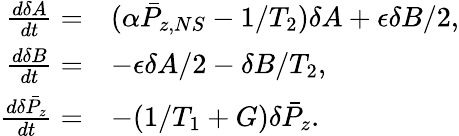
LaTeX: \begin{array}{rl}{\frac{d\delta A}{dt}=}&{(\alpha\bar{P}_{z,NS}-1/T_{2})\delta A+\epsilon\delta B/2,}\\ {\frac{d\delta B}{dt}=}&{-\epsilon\delta A/2-\delta B/T_{2},}\\ {\frac{d\delta\bar{P}_{z}}{dt}=}&{-(1/T_{1}+G)\delta\bar{P}_{z}.}\end{array}